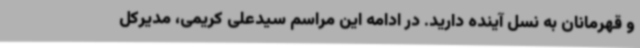
و قهرمانان به نسل آینده دارید. در ادامه این مراسم سیدعلی کریمی، مدیرکل